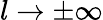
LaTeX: l\rightarrow\pm\infty